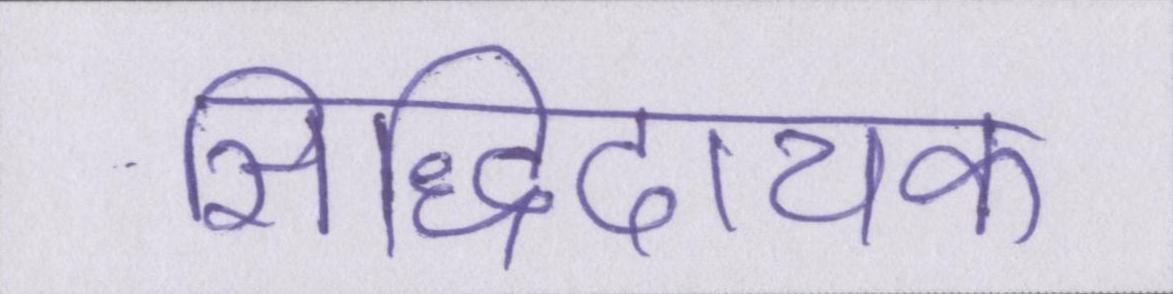
सिद्धिदायक